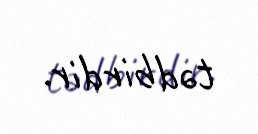
tədbirdir.